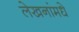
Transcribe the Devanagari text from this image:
लेखनांमधे